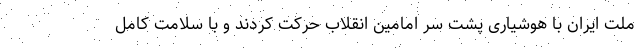
ملت ایران با هوشیاری پشت سر امامین انقلاب حرکت کردند و با سلامت کامل